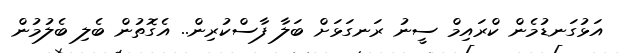
އަޅުގަނޑުމެން ކްރައިމް ސީނު ރަނގަޅަށް ބަލާ ފާސްކުރިން.. އެގޮތުން ބެލި ބެލުމުން